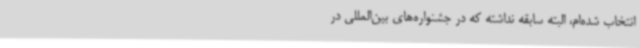
انتخاب شده‌ام، البته سابقه نداشته که در جشنواره‌های بین‌المللی در